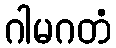
ဂါမဂတံ